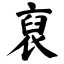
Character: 裒